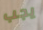
يجب